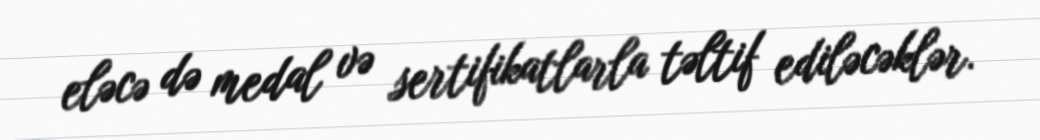
eləcə də medal və sertifikatlarla təltif ediləcəklər.